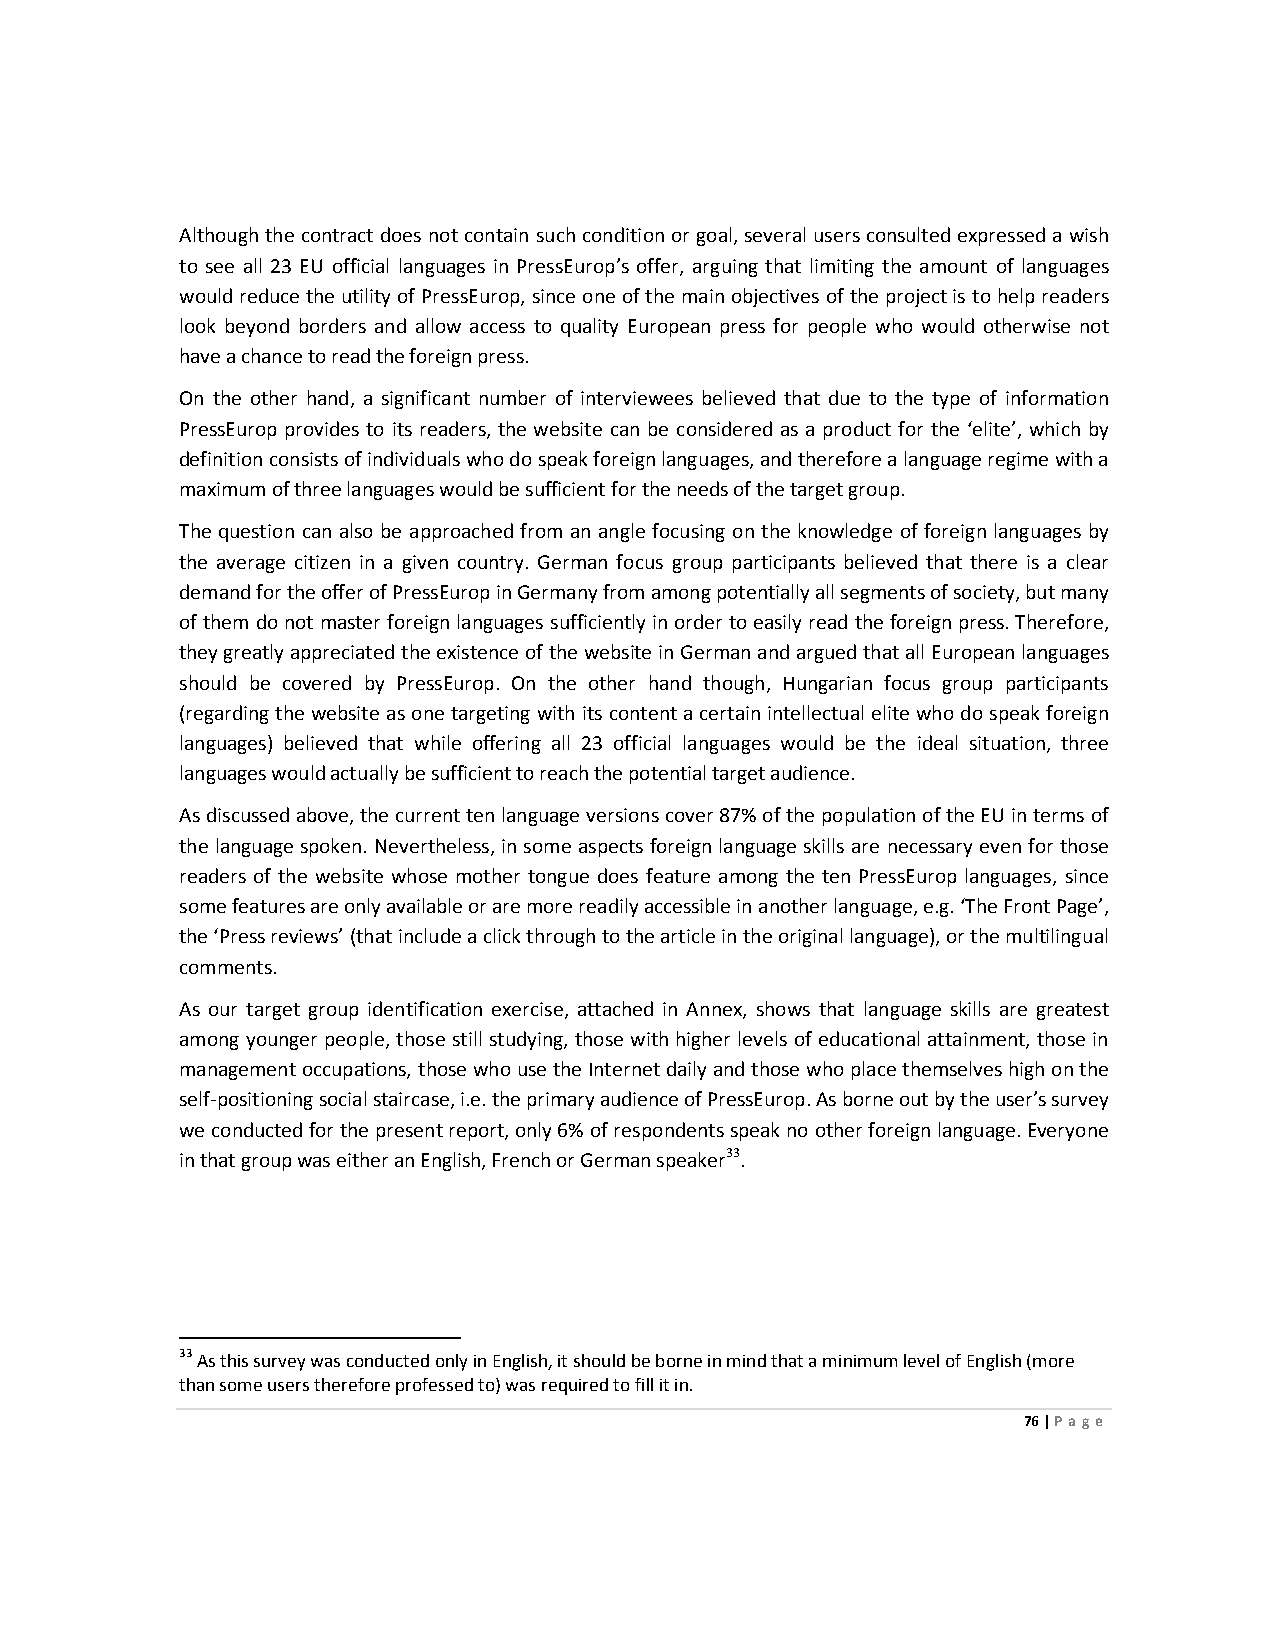
Although the contract does not contain such condition or goal, several users consulted expressed a wish
 to see all 23 EU official languages in PressEurop’s offer, arguing that limiting the amount of languages
 would reduce the utility of PressEurop, since one of the main objectives of the project is to help readers
 look beyond borders and allow access to quality European press for people who would otherwise not
 have a chance to read the foreign press.
 On the other hand, a significant number of interviewees believed that due to the type of information
 PressEurop provides to its readers, the website can be considered as a product for the ‘elite’, which by
 definition consists of individuals who do speak foreign languages, and therefore a language regime with a
 maximum of three languages would be sufficient for the needs of the target group.
 The question can also be approached from an angle focusing on the knowledge of foreign languages by
 the average citizen in a given country. German focus group participants believed that there is a clear
 demand for the offer of PressEurop in Germany from among potentially all segments of society, but many
 of them do not master foreign languages sufficiently in order to easily read the foreign press. Therefore,
 they greatly appreciated the existence of the website in German and argued that all European languages
 should be covered by PressEurop. On the other hand though, Hungarian focus group participants
 (regarding the website as one targeting with its content a certain intellectual elite who do speak foreign
 languages) believed that while offering all 23 official languages would be the ideal situation, three
 languages would actually be sufficient to reach the potential target audience.
 As discussed above, the current ten language versions cover 87% of the population of the EU in terms of
 the language spoken. Nevertheless, in some aspects foreign language skills are necessary even for those
 readers of the website whose mother tongue does feature among the ten PressEurop languages, since
 some features are only available or are more readily accessible in another language, e.g. ‘The Front Page’,
 the ‘Press reviews’ (that include a click through to the article in the original language), or the multilingual
 comments.
 As our target group identification exercise, attached in Annex, shows that language skills are greatest
 among younger people, those still studying, those with higher levels of educational attainment, those in
 management occupations, those who use the Internet daily and those who place themselves high on the
 self-positioning social staircase, i.e. the primary audience of PressEurop. As borne out by the user’s survey
 we conducted for the present report, only 6% of respondents speak no other foreign language. Everyone
 in that group was either an English, French or German speaker33.
 33 As this survey was conducted only in English, it should be borne in mind that a minimum level of English (more
 than some users therefore professed to) was required to fill it in.
 76 | Page